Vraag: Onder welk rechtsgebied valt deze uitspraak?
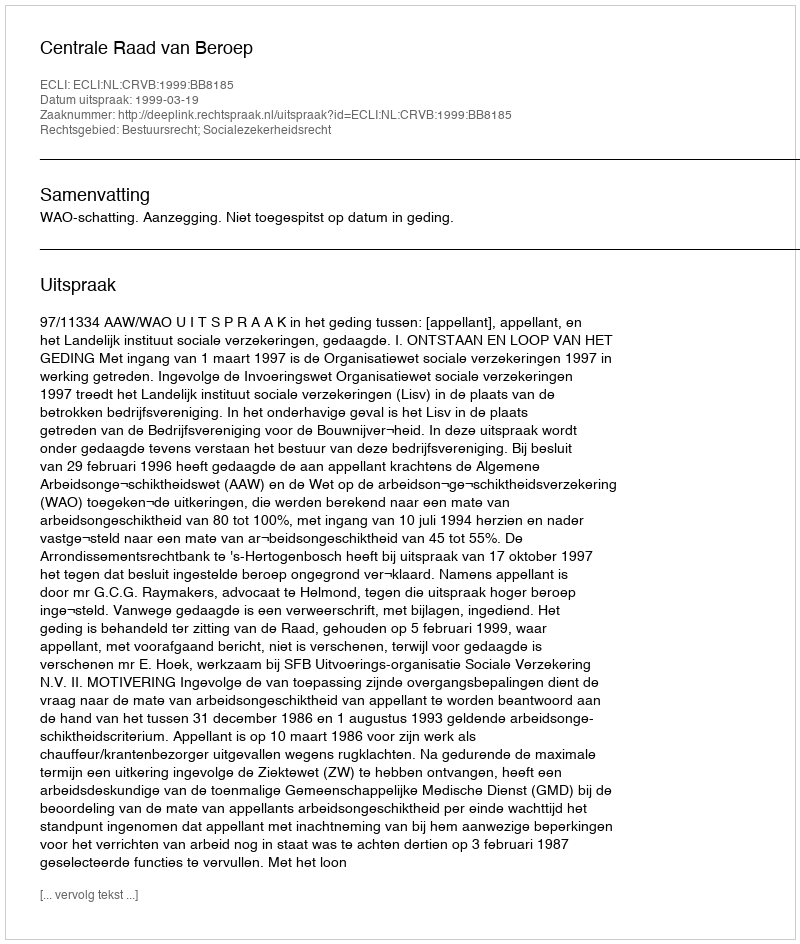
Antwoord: Bestuursrecht; Socialezekerheidsrecht